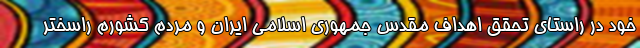
خود در راستای تحقق اهداف مقدس جمهوری اسلامی ایران و مردم کشورم راسختر